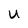
Character: U